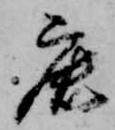
鹿